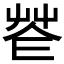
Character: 𦭠